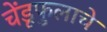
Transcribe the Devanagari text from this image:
चेंडूफुलाचे